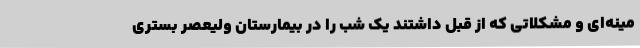
مینه‌ای و مشکلاتی که از قبل داشتند یک شب را در بیمارستان ولیعصر بستری